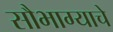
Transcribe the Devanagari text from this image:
सौभाग्याचे